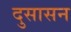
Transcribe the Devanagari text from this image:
दुसासन